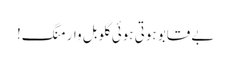
بے قابو ہوتی ہوئی گلوبل وارمنگ!